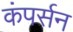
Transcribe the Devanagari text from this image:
कंपर्सन